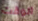
الوقت